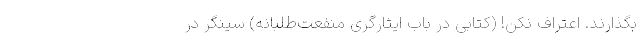
بگذارند. اعتراف نكن! (کتابی در باب ايثارگری منفعت‌طلبانه) سينگر در